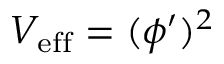
V _ { \mathrm { e f f } } = ( \phi ^ { \prime } ) ^ { 2 }